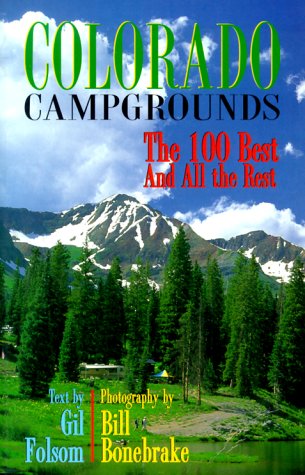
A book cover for Colorado Campgrounds: The 100 Best and All the Rest; Gil Folsom; Travel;